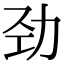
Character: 劲